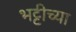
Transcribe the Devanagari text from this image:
भट्टीच्या